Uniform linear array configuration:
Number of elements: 48
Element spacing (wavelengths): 0.25
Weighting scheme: kaiser
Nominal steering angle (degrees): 60
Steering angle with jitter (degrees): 61.681
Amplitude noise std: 0.05
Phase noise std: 0.05

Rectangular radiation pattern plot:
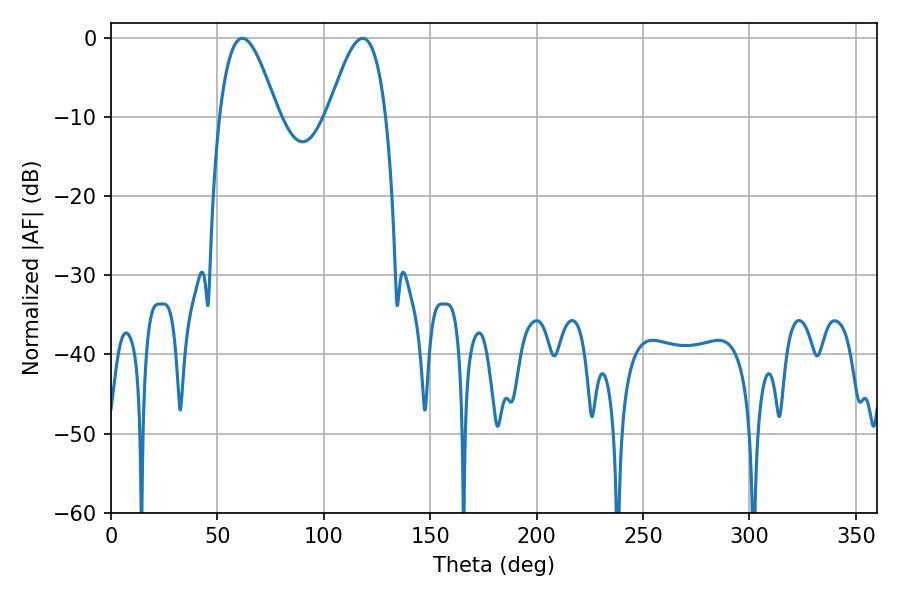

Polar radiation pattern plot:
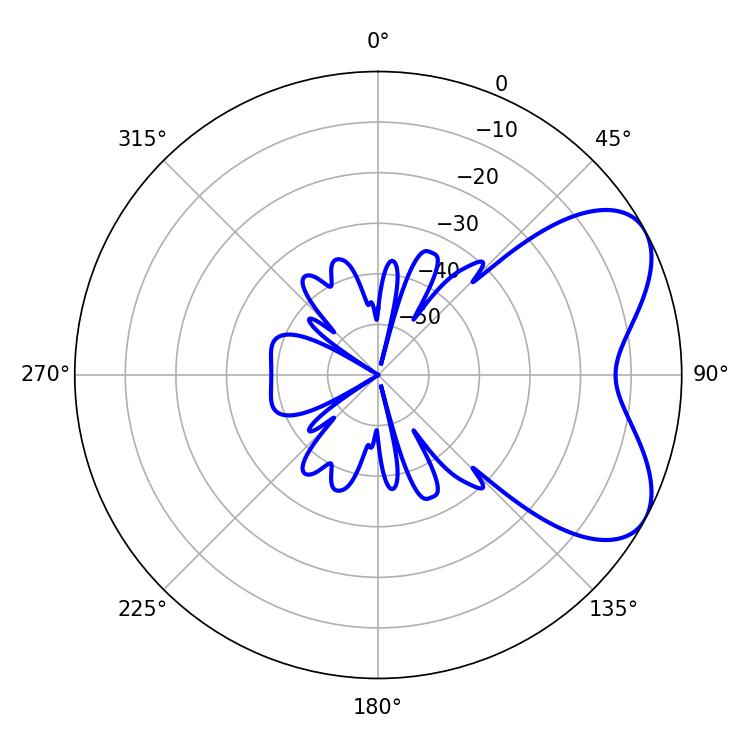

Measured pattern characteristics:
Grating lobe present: FALSE
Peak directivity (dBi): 5.887
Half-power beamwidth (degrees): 14.76
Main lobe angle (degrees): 61.74